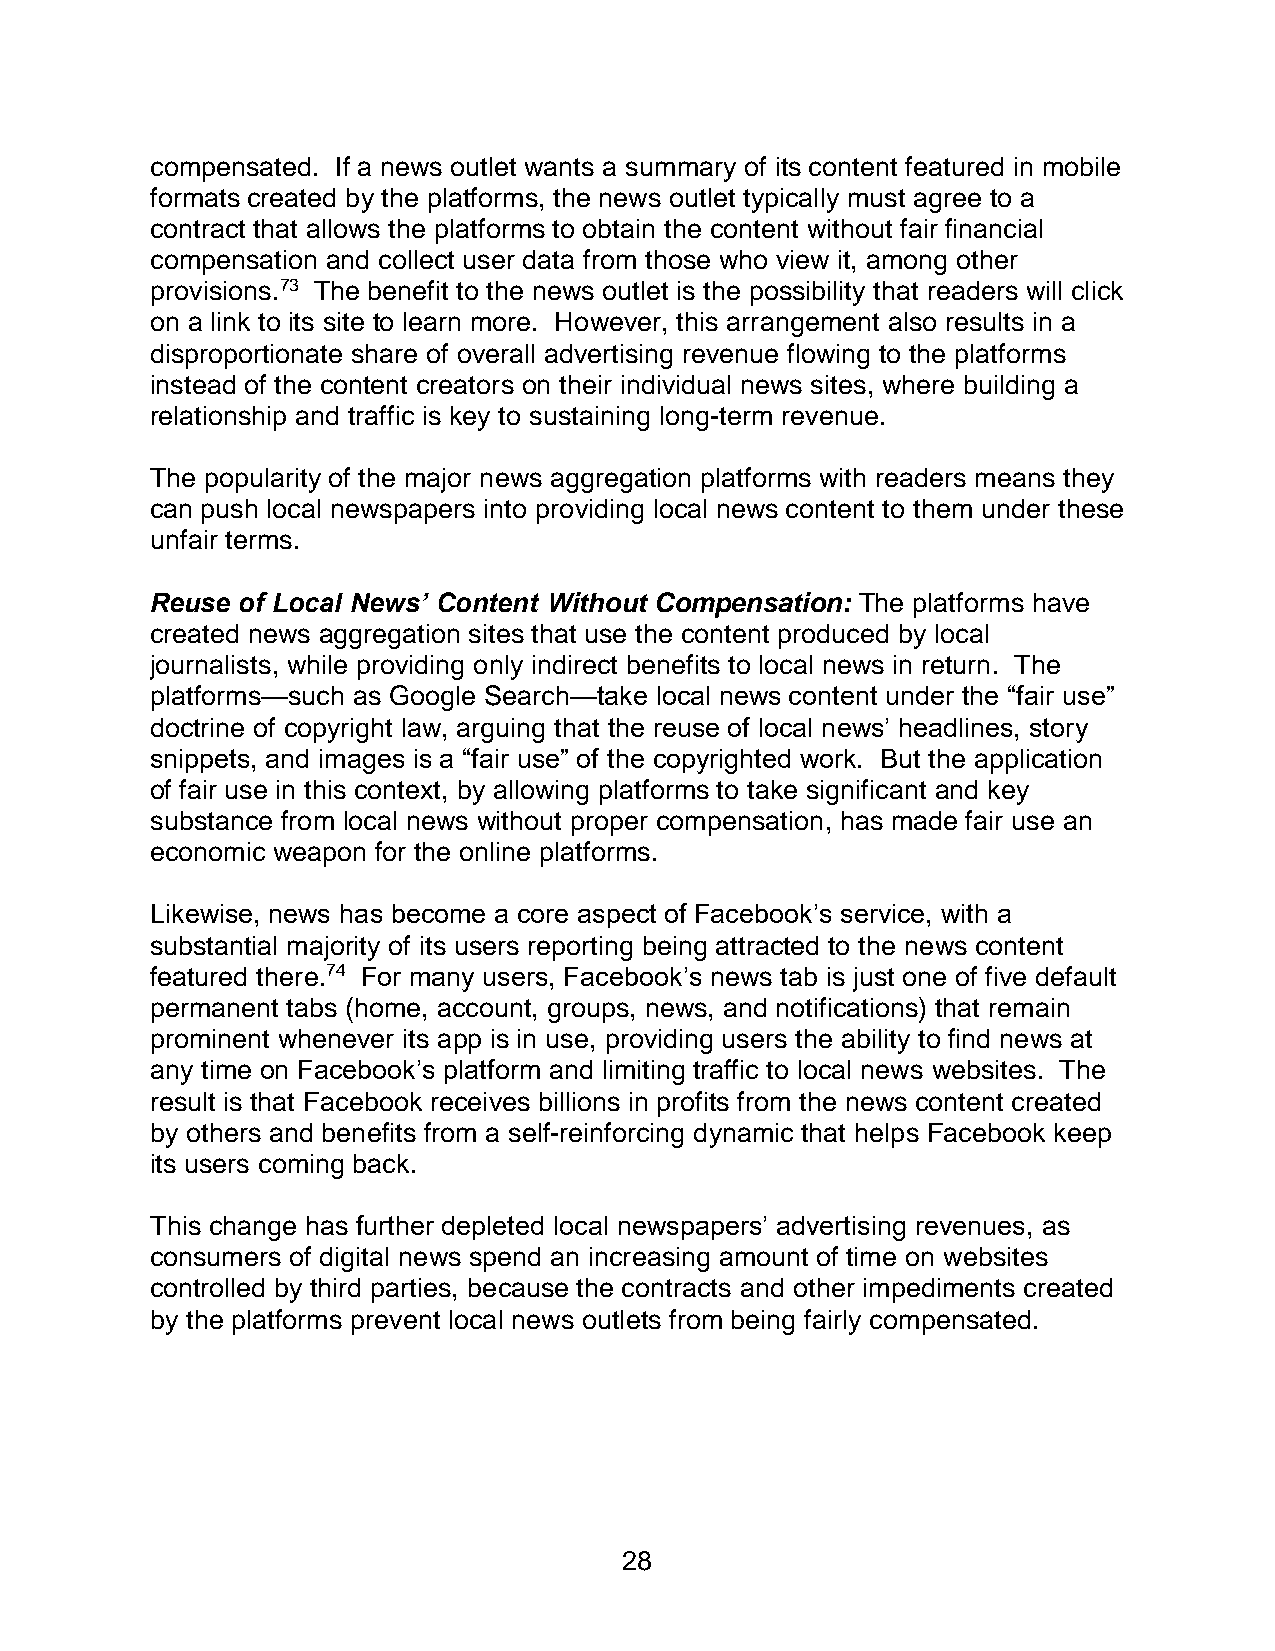
compensated. If a news outlet wants a summary of its content featured in mobile
 formats created by the platforms, the news outlet typically must agree to a
 contract that allows the platforms to obtain the content without fair financial
 compensation and collect user data from those who view it, among other
 provisions.73 The benefit to the news outlet is the possibility that readers will click
 on a link to its site to learn more. However, this arrangement also results in a
 disproportionate share of overall advertising revenue flowing to the platforms
 instead of the content creators on their individual news sites, where building a
 relationship and traffic is key to sustaining long-term revenue.
 The popularity of the major news aggregation platforms with readers means they
 can push local newspapers into providing local news content to them under these
 unfair terms.
 Reuse of Local News’ Content Without Compensation: The platforms have
 created news aggregation sites that use the content produced by local
 journalists, while providing only indirect benefits to local news in return. The
 platforms—such as Google Search—take local news content under the “fair use”
 doctrine of copyright law, arguing that the reuse of local news’ headlines, story
 snippets, and images is a “fair use” of the copyrighted work. But the application
 of fair use in this context, by allowing platforms to take significant and key
 substance from local news without proper compensation, has made fair use an
 economic weapon for the online platforms.
 Likewise, news has become a core aspect of Facebook’s service, with a
 substantial majority of its users reporting being attracted to the news content
 featured there.74 For many users, Facebook’s news tab is just one of five default
 permanent tabs (home, account, groups, news, and notifications) that remain
 prominent whenever its app is in use, providing users the ability to find news at
 any time on Facebook’s platform and limiting traffic to local news websites. The
 result is that Facebook receives billions in profits from the news content created
 by others and benefits from a self-reinforcing dynamic that helps Facebook keep
 its users coming back.
 This change has further depleted local newspapers’ advertising revenues, as
 consumers of digital news spend an increasing amount of time on websites
 controlled by third parties, because the contracts and other impediments created
 by the platforms prevent local news outlets from being fairly compensated.
 28